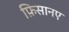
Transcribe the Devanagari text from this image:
फ़िसानए